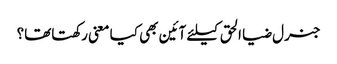
جنرل ضیا الحق کیلئے آئین بھی کیا معنی رکھتاتھا؟